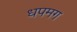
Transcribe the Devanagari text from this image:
धपमग